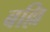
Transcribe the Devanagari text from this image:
बल्लि